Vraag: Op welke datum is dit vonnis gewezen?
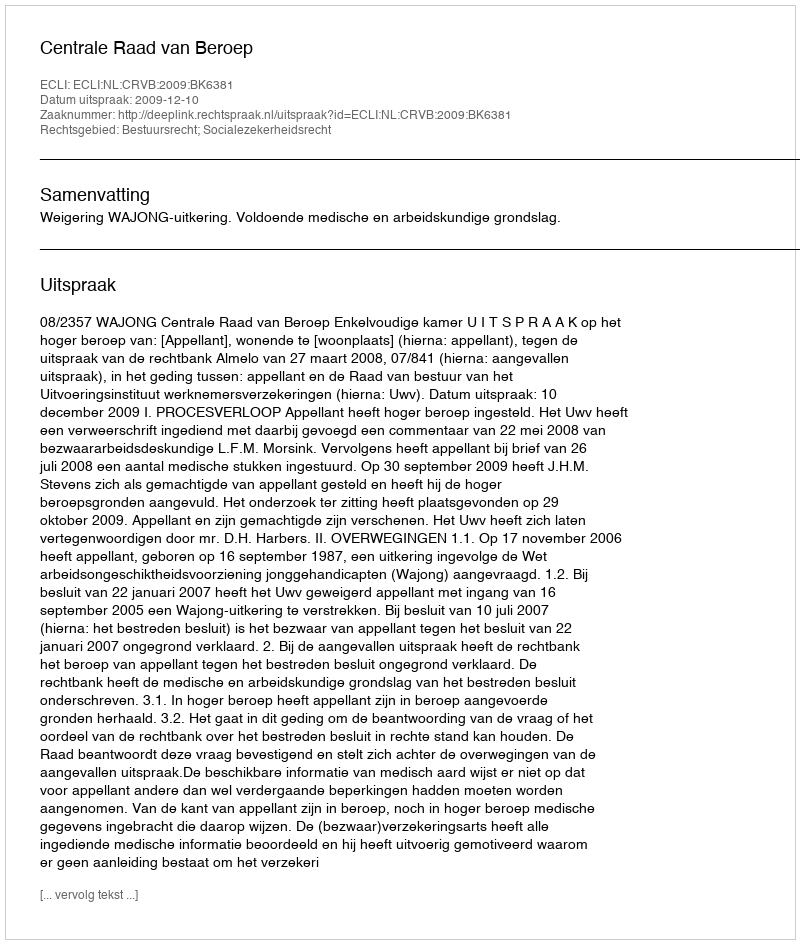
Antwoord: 2009-12-10